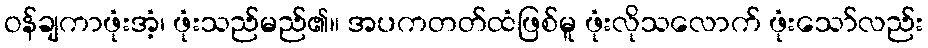
ဝန်ချကာဖုံးအံ့၊ ဖုံးသည်မည်၏။ အပကတတ်ထံဖြစ်မူ ဖုံးလိုသလောက် ဖုံးသော်လည်း